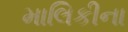
માલિકીના